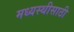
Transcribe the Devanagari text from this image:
मध्यस्थीसाठी